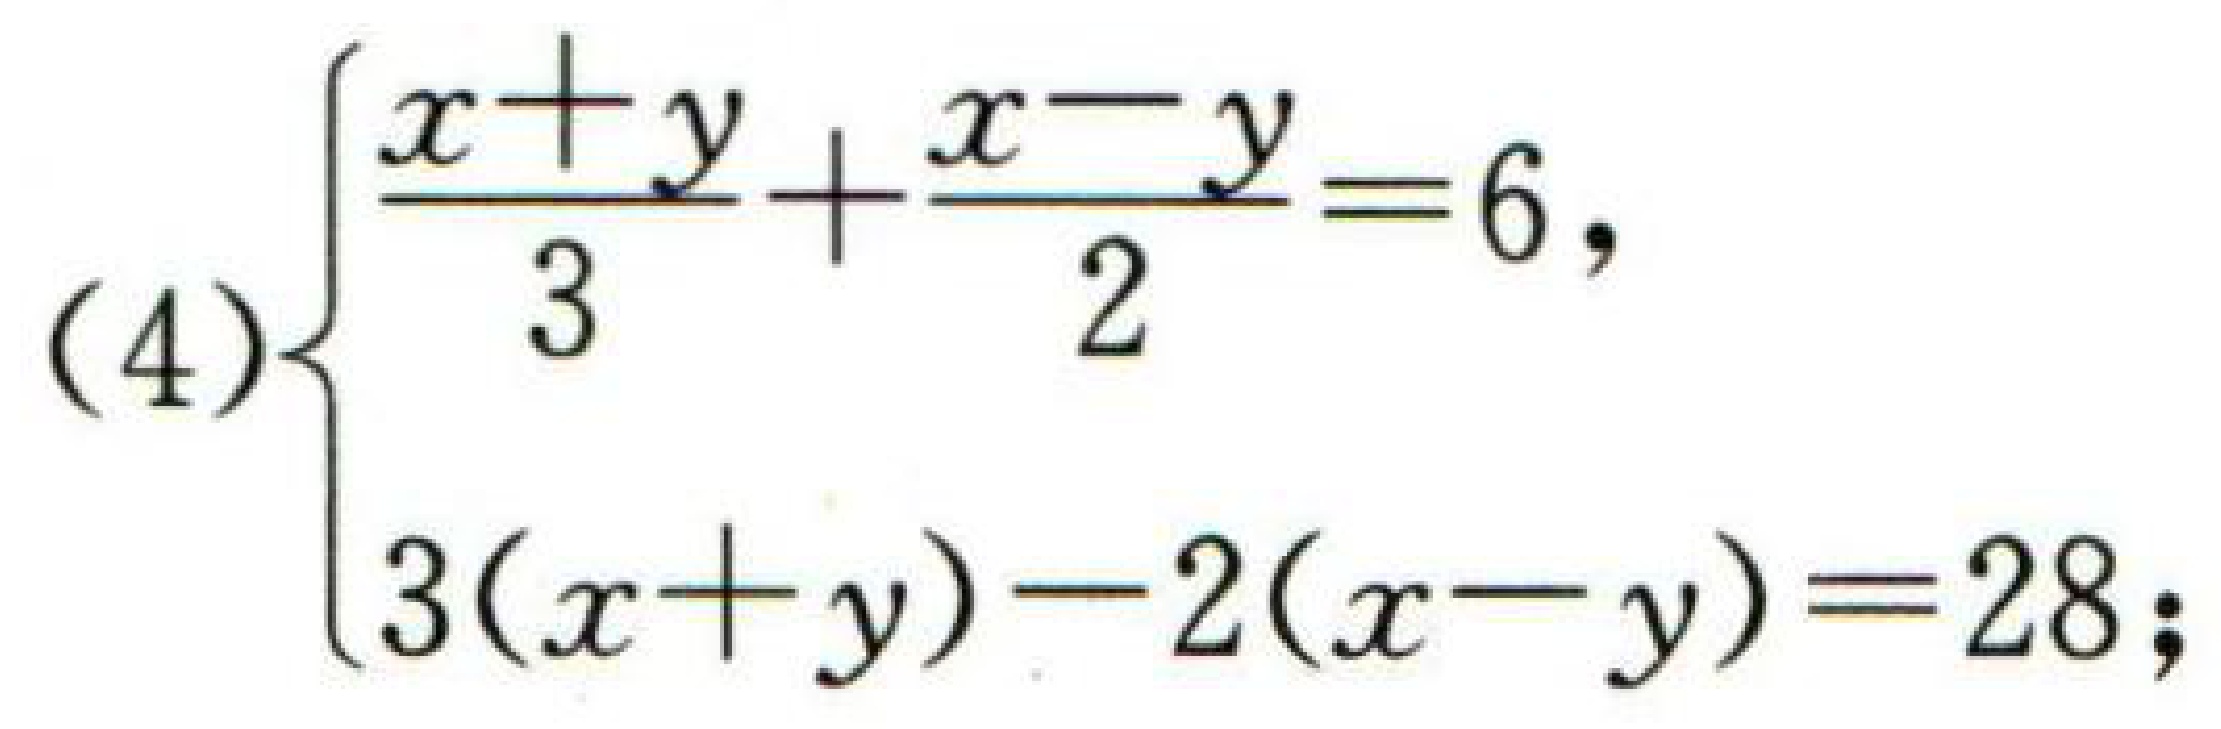
$(4)\begin{cases}
\frac{x + y}{3}+\frac{x - y}{2}=6,\\
3(x + y)-2(x - y)=28;
\end{cases}$